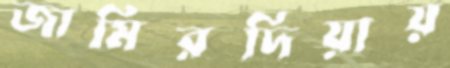
জামিরদিয়ায়